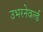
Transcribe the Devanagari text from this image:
उभरनेवर्ल्ड